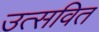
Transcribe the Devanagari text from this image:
उत्सवित